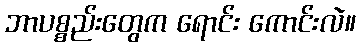
ဘာပစ္စည်းတွေက ရောင်း ကောင်းလဲ။